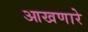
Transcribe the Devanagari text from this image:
आखणारे